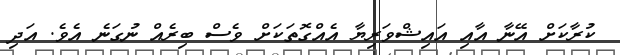
ކުރާކަށް އޭނާ އާއި އައިޝްވަރިޔާ އެއްގޮތަކަށް ވެސް ބިރެއް ނުގަނެ އެވެ. އަދި